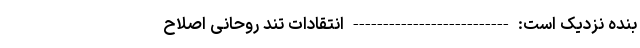
بنده نزدیک است: -------------------------- انتقادات تند روحانیِ اصلاح